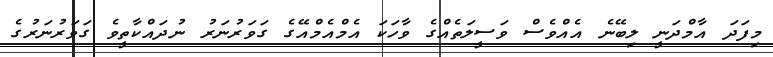
މިފަދަ އާމްދަނީ ލިބޭނެ އެއްވެސް ވަސީލަތެއްގެ ވާހަކަ އެމްއެމްއޭގެ ގަވަރުނަރު ނުދައްކާތީވެ ގަވަރުނަރުގެ